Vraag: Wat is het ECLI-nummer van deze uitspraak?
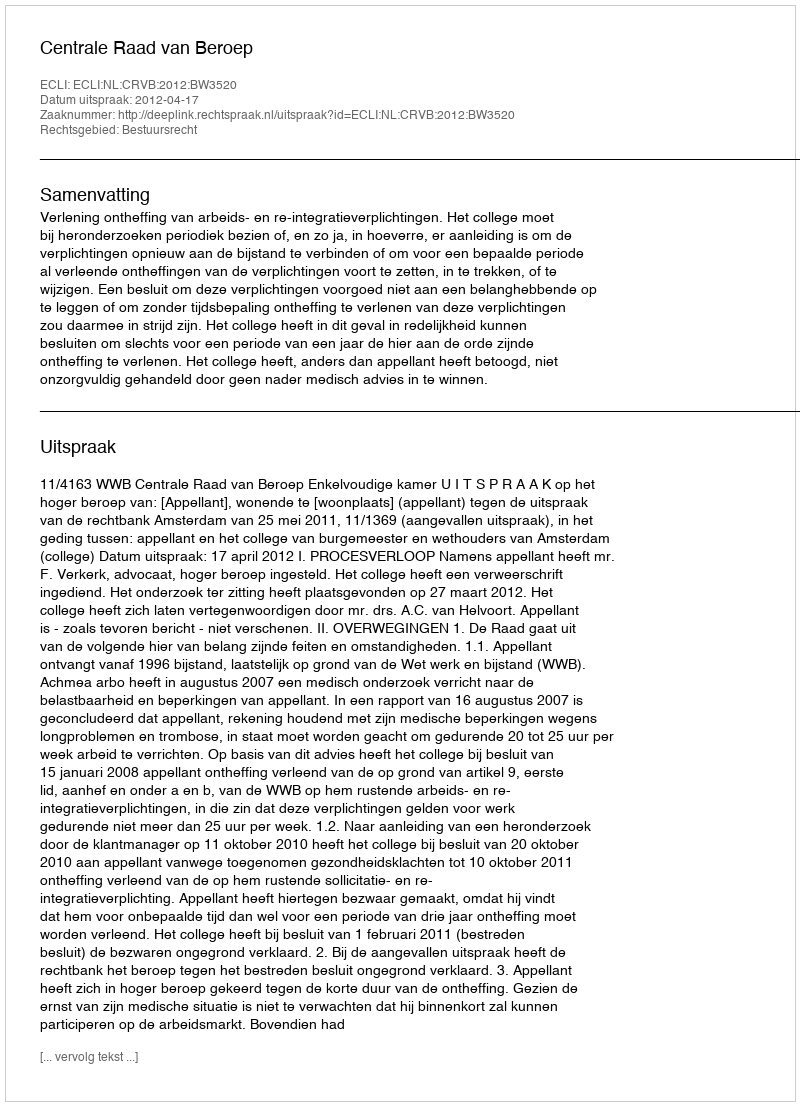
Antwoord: ECLI:NL:CRVB:2012:BW3520